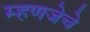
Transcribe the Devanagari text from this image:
म्हणजेचे